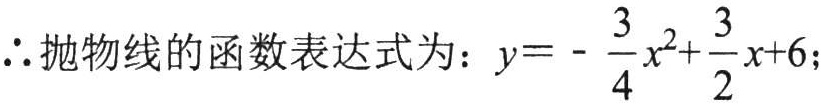
\(\therefore\)抛物线的函数表达式为：\(y = -\frac{3}{4}x^{2}+\frac{3}{2}x + 6\);